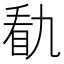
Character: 𭾭